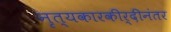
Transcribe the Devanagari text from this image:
नृत्यकारकीर्दीनंतर